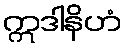
ဣဒါနိဟံ